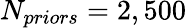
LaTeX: N_{priors}=2,500